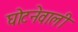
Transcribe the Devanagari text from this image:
घोटनेवाली